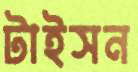
টাইসন